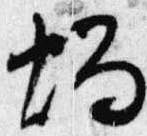
燭